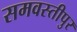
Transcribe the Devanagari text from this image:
समवस्तीपुर